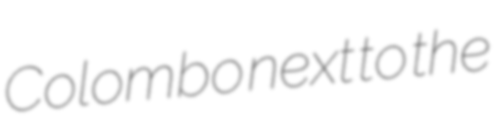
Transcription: Colombo next to the